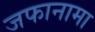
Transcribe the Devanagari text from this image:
जफानामा